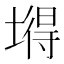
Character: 𡐙